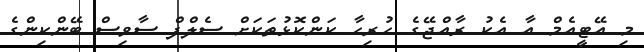
މި އޭޓީއެމް އާ އެކު ރާއްޖޭގެ ހުރިހާ ކަންކޮޅުތަކަށް ސެލްފް ސާވިސް ބޭންކިންގެ